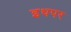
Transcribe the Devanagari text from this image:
इथपर